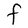
Character: F